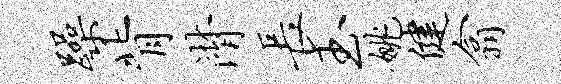
躁背潸长玉姚健翕